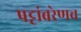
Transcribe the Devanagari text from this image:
पट्टांबरेणच